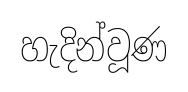
හැදින්වූණ